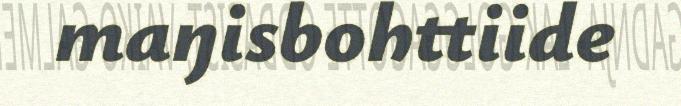
maŋisbohttiide